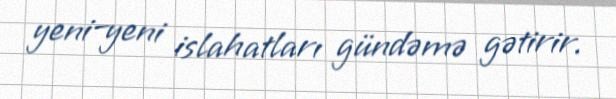
yeni–yeni islahatları gündəmə gətirir.